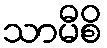
သာမီစိ